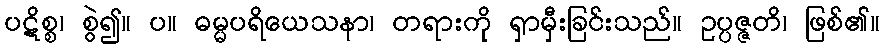
ပဋိစ္စ၊ စွဲ၍။ ပ။ ဓမ္မပရိယေသနာ၊ တရားကို ရှာမှီးခြင်းသည်။ ဥပ္ပဇ္ဇတိ၊ ဖြစ်၏။